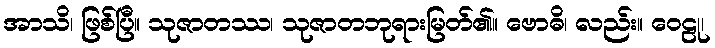
အာသိ၊ ဖြစ်ပြီ။ သုဇာတဿ၊ သုဇာတဘုရားမြတ်၏။ ဗောဓိ၊ လည်း။ ဝေဠု၊